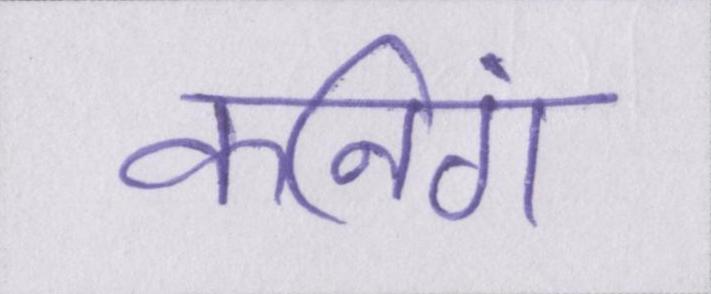
कनिंग